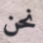
نحن